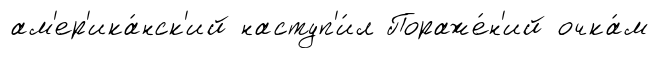
ам'ер'ика́нск'ий наступ'и́л Пораже́н'ий очка́м